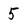
Character: 5